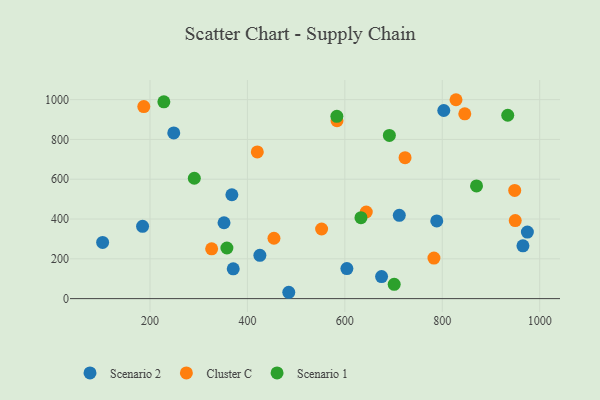
{"axis": {"x": "Study Hours", "y": "Yield"}, "legend": ["Cluster C", "Scenario 1", "Scenario 2"], "data": [{"x": "965.6", "y": 265.3, "type": "Scenario 2"}, {"x": "102.8", "y": 282.5, "type": "Scenario 2"}, {"x": "484.9", "y": 31.9, "type": "Scenario 2"}, {"x": "604.2", "y": 150.8, "type": "Scenario 2"}, {"x": "352.0", "y": 381.4, "type": "Scenario 2"}, {"x": "711.8", "y": 418.7, "type": "Scenario 2"}, {"x": "425.6", "y": 217.8, "type": "Scenario 2"}, {"x": "370.9", "y": 149.5, "type": "Scenario 2"}, {"x": "368.1", "y": 522.0, "type": "Scenario 2"}, {"x": "974.7", "y": 334.6, "type": "Scenario 2"}, {"x": "184.8", "y": 363.1, "type": "Scenario 2"}, {"x": "803.1", "y": 945.3, "type": "Scenario 2"}, {"x": "675.4", "y": 111.0, "type": "Scenario 2"}, {"x": "788.7", "y": 390.4, "type": "Scenario 2"}, {"x": "248.8", "y": 832.5, "type": "Scenario 2"}, {"x": "552.3", "y": 349.8, "type": "Cluster C"}, {"x": "948.7", "y": 543.5, "type": "Cluster C"}, {"x": "187.3", "y": 965.0, "type": "Cluster C"}, {"x": "846.2", "y": 928.8, "type": "Cluster C"}, {"x": "420.3", "y": 737.2, "type": "Cluster C"}, {"x": "828.2", "y": 999.5, "type": "Cluster C"}, {"x": "949.8", "y": 392.3, "type": "Cluster C"}, {"x": "454.5", "y": 303.4, "type": "Cluster C"}, {"x": "782.9", "y": 203.8, "type": "Cluster C"}, {"x": "326.6", "y": 250.3, "type": "Cluster C"}, {"x": "583.9", "y": 893.9, "type": "Cluster C"}, {"x": "723.6", "y": 708.2, "type": "Cluster C"}, {"x": "644.0", "y": 435.3, "type": "Cluster C"}, {"x": "691.4", "y": 820.1, "type": "Scenario 1"}, {"x": "633.1", "y": 406.7, "type": "Scenario 1"}, {"x": "291.0", "y": 605.0, "type": "Scenario 1"}, {"x": "934.4", "y": 921.6, "type": "Scenario 1"}, {"x": "583.6", "y": 916.1, "type": "Scenario 1"}, {"x": "870.3", "y": 566.2, "type": "Scenario 1"}, {"x": "701.3", "y": 71.6, "type": "Scenario 1"}, {"x": "357.9", "y": 254.5, "type": "Scenario 1"}, {"x": "228.5", "y": 989.1, "type": "Scenario 1"}]}